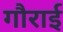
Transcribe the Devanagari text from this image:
गौराई